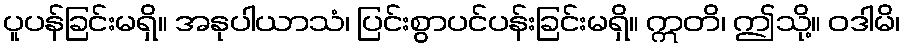
ပူပန်ခြင်းမရှိ။ အနုပါယာသံ၊ ပြင်းစွာပင်ပန်းခြင်းမရှိ။ ဣတိ၊ ဤသို့။ ဝဒါမိ၊